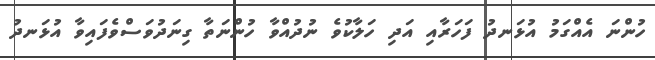
ހުންނަ އެއްގަމު އުޅަނދު ފަހަރާއި އަދި ހަލާކުވެ ނުދުއްވާ ހުންނަތާ ގިނަދުވަސްވެފައިވާ އުޅަނދު